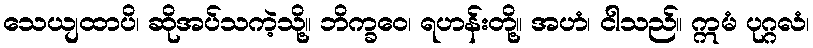
သေယျထာပိ၊ ဆိုအပ်သကဲ့သို့။ ဘိက္ခဝေ၊ ရဟန်းတို့။ အဟံ၊ ငါသည်။ ဣမံ ပုဂ္ဂလံ၊